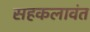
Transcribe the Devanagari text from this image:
सहकलावंत